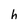
Character: h